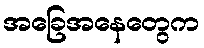
အခြေအနေတွေက